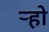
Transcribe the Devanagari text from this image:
र्‍हो